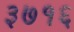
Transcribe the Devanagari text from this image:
३७१६